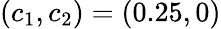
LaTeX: \displaystyle(c_{1},c_{2})=(0.25,0)